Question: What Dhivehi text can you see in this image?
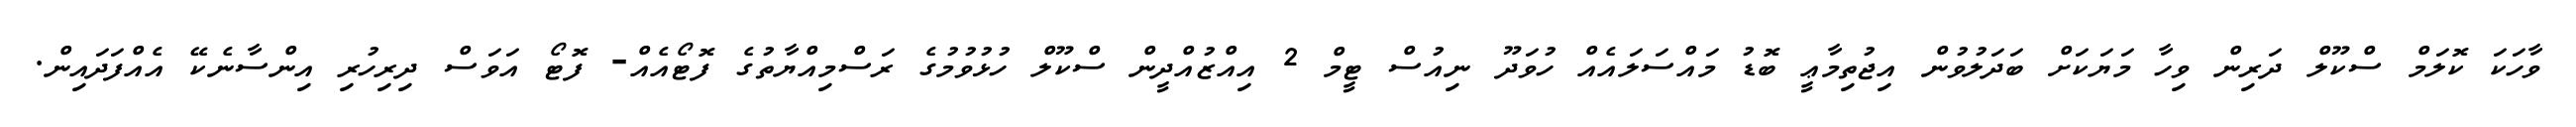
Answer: ވާހަކަ ކޮލަމް ސްކޫލް ދަރިން ވިހާ މަޔަކަށް ބަދަލުވުން އިޖުތިމާޢީ ބޮޑު މައްސަލައެއް ހުވަދޫ ނިއުސް ޓީމް 2 އިއްޒުއްދީން ސްކޫލް ހުޅުވުމުގެ ރަސްމިއްޔާތުގެ ފޮޓޯއެއް- ފޮޓޯ އަވަސް ދިރިހުރި އިންސާނެކޭ އެއްފަދައިން.